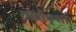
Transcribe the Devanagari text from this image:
सीबीक्सों